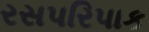
રસપરિપાક